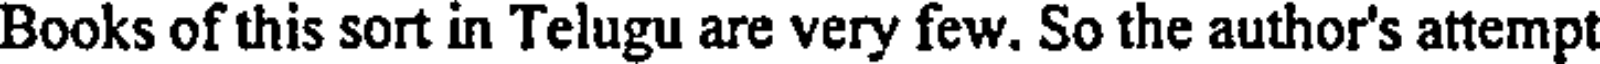
Books of this sort in Telugu are very few. So the author's attempt